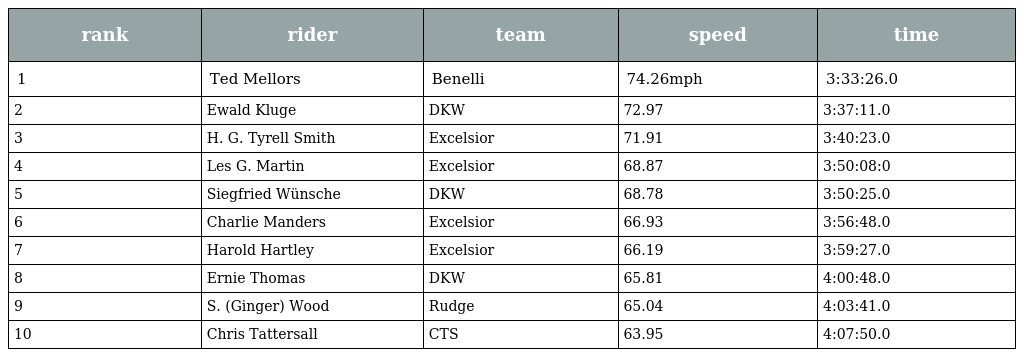
| rank | rider | team | speed | time |
 | --- | --- | --- | --- | --- |
 | 1 | Ted Mellors | Benelli | 74.26mph | 3:33:26.0 |
 | 2 | Ewald Kluge | DKW | 72.97 | 3:37:11.0 |
 | 3 | H. G. Tyrell Smith | Excelsior | 71.91 | 3:40:23.0 |
 | 4 | Les G. Martin | Excelsior | 68.87 | 3:50:08:0 |
 | 5 | Siegfried Wünsche | DKW | 68.78 | 3:50:25.0 |
 | 6 | Charlie Manders | Excelsior | 66.93 | 3:56:48.0 |
 | 7 | Harold Hartley | Excelsior | 66.19 | 3:59:27.0 |
 | 8 | Ernie Thomas | DKW | 65.81 | 4:00:48.0 |
 | 9 | S. (Ginger) Wood | Rudge | 65.04 | 4:03:41.0 |
 | 10 | Chris Tattersall | CTS | 63.95 | 4:07:50.0 |